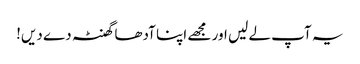
یہ آپ لے لیں اور مجھے اپنا آدھا گھنٹہ دے دیں!